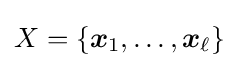
X=\{{\boldsymbol {x}}_{1},\dots ,{\boldsymbol {x}}_{\ell }\}